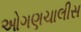
ઓગણચાલીસ